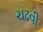
ચઢવી